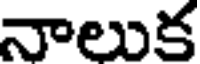
నాలుక